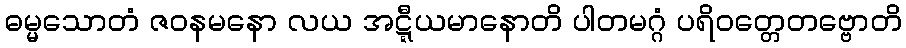
ဓမ္မသောတံ ဇဝနမနော လယ အဋ္ဋီယမာနောတိ ပါတမဂ္ဂံ ပရိဝတ္တေတဗ္ဗောတိ